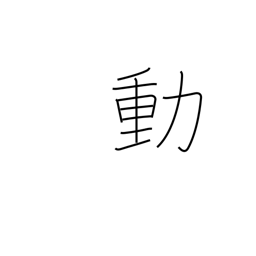
Meaning: confusion